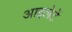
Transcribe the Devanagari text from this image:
आइलेटें